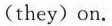
(they)on.